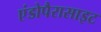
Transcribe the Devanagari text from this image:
एंडोपैरासाइट